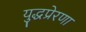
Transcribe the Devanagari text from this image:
युद्धप्रेरणा